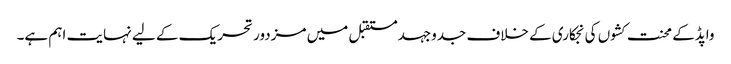
واپڈکے محنت کشوں کی نجکاری کے خلاف جدوجہدمستقبل میں مزدور تحریک کے لیے نہایت اہم ہے۔